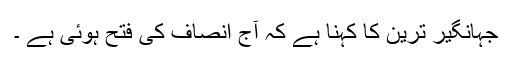
جہانگیر ترین کا کہنا ہے کہ آج انصاف کی فتح ہوئی ہے ۔